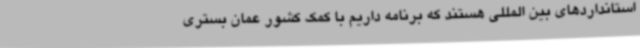
استانداردهای بین المللی هستند که برنامه داریم با کمک کشور عمان بستری